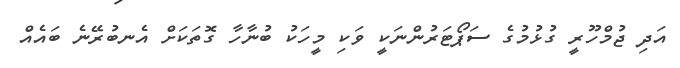
އަދި ޖުމްހޫރީ ގުޅުމުގެ ސަޕޯޓަރުންނަކީ ވަކި މީހަކު ބުނާހާ ގޮތަކަށް އެނބުރޭނެ ބައެއް